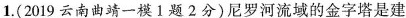
1.(2019云南曲靖一模1题2分)尼罗河流域的金字塔是建